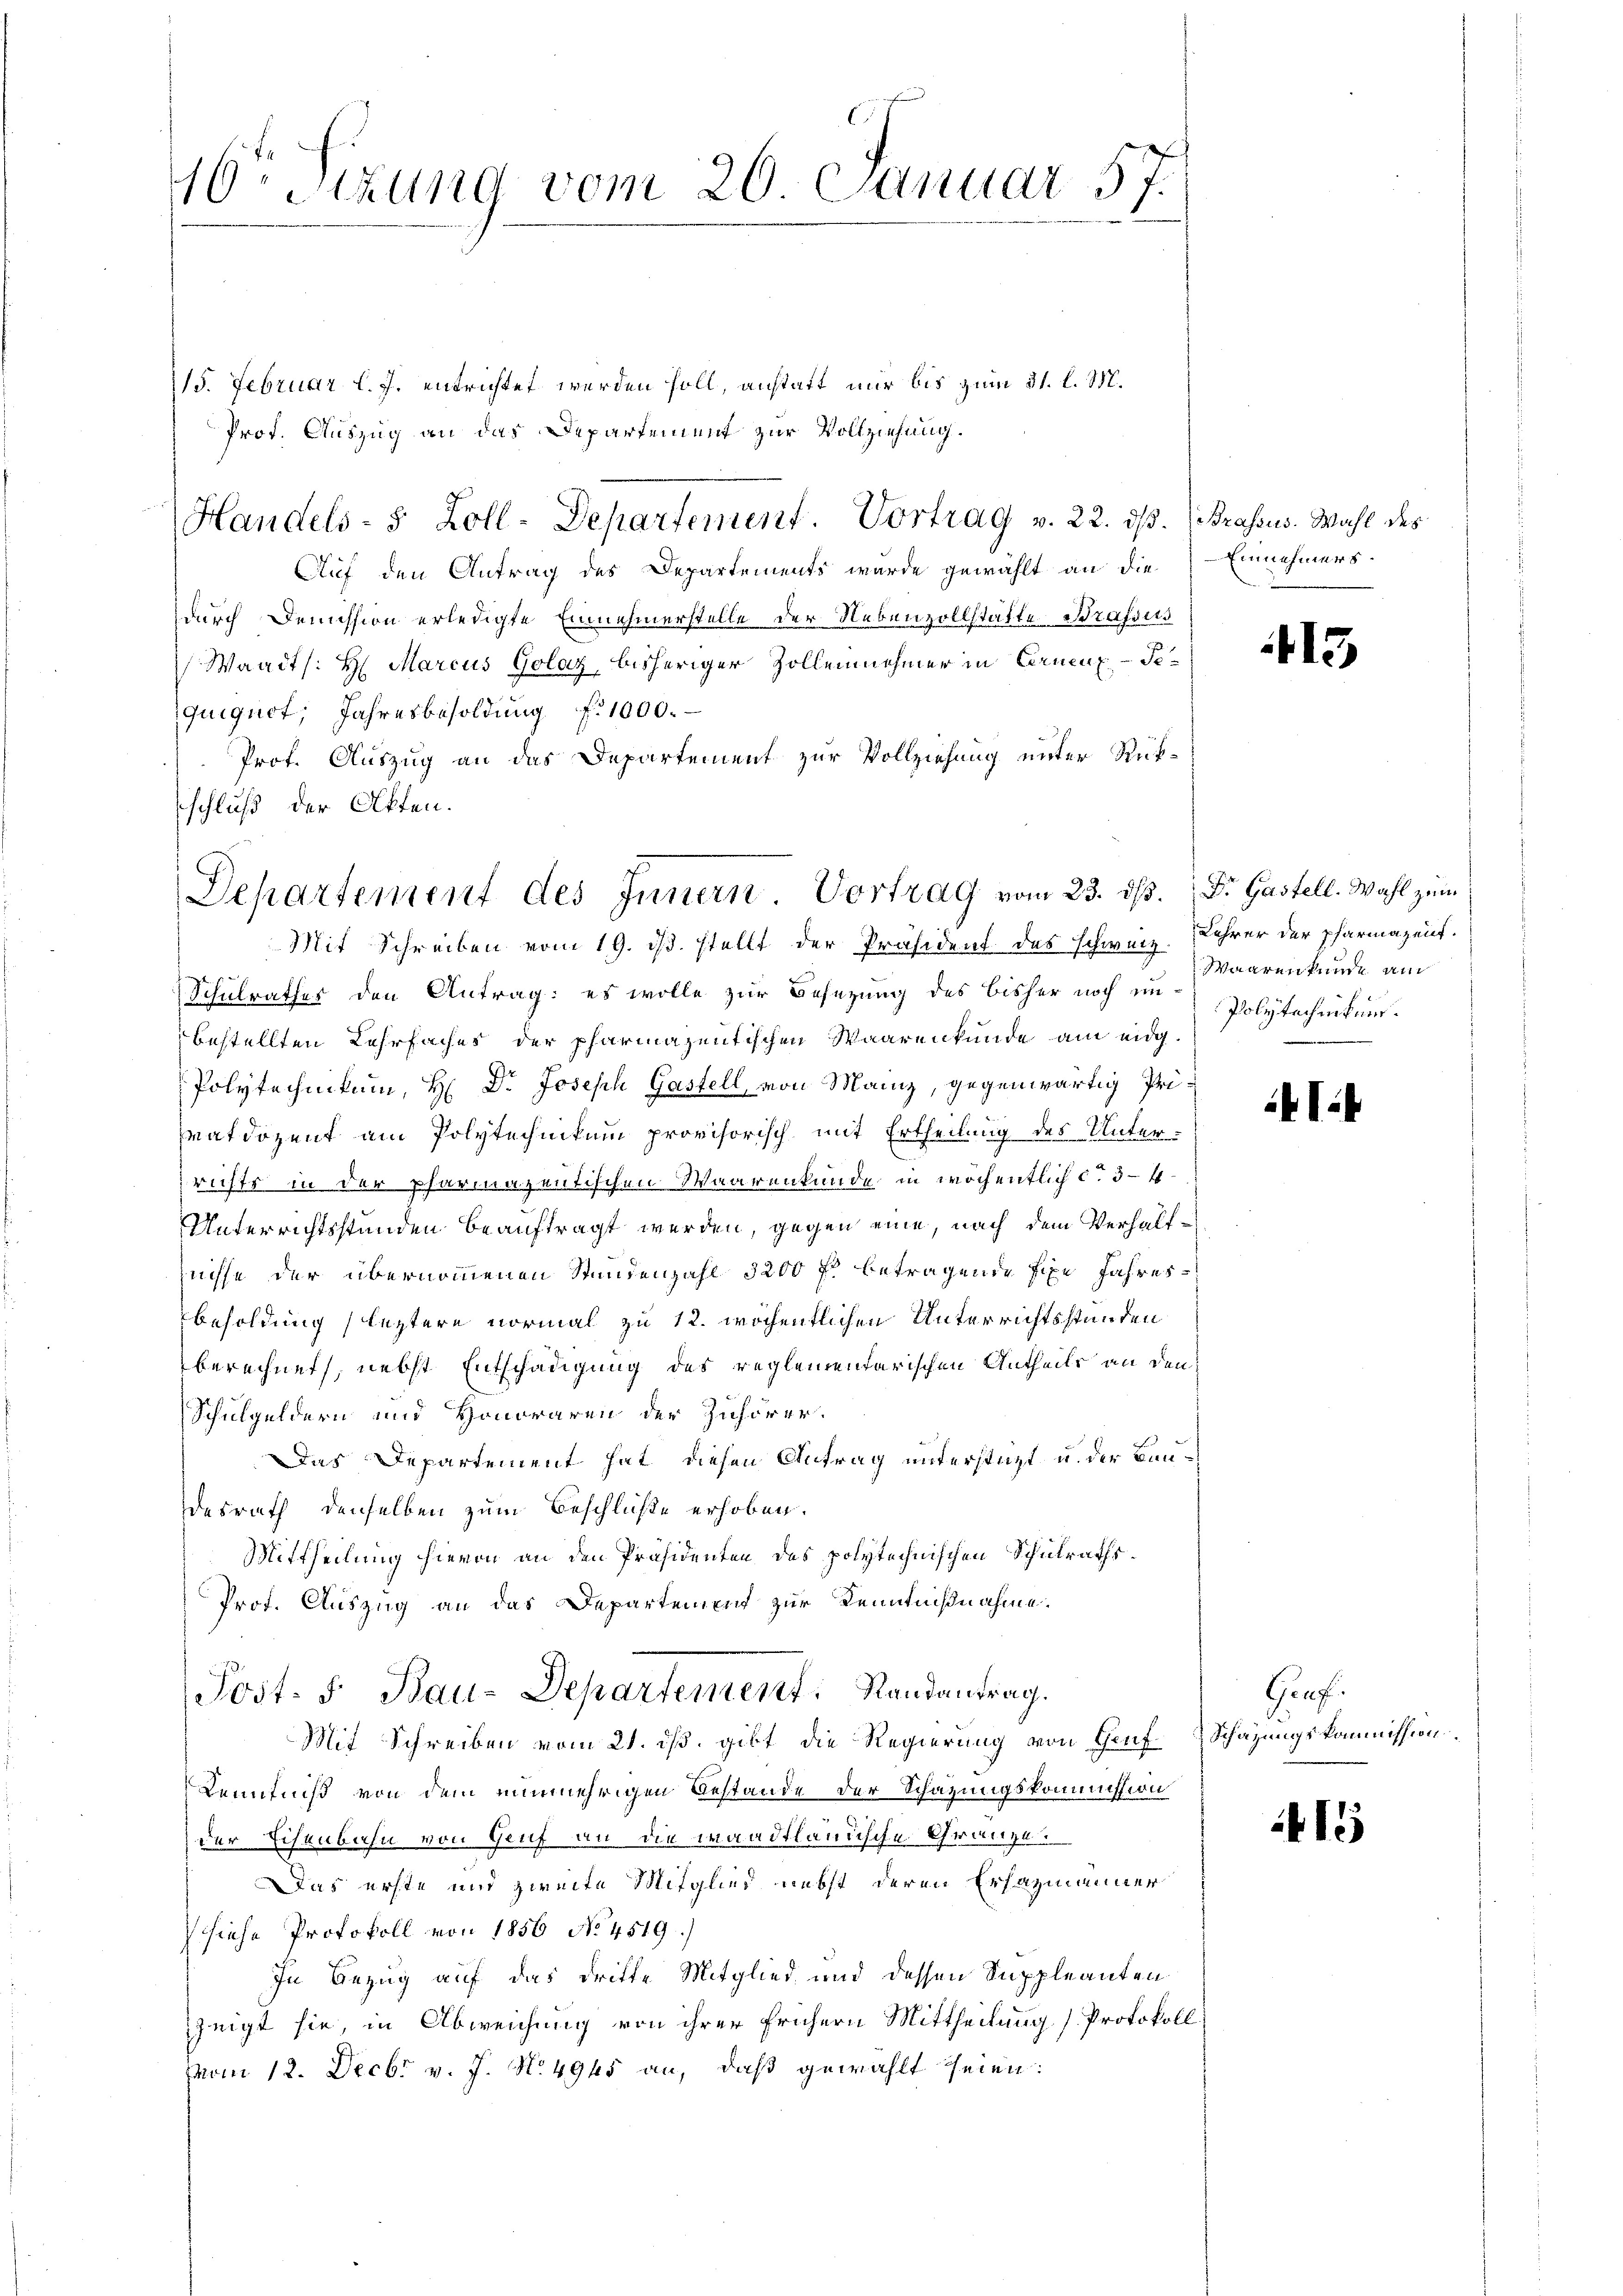
d
10 Stzung vom 20. Januar 17.

115. Februar l. J. entrichtet werden soll, anstatt nur bis zum 31. l. M.
Prof. Auszug an das Departement zur Vollziehung.
Handels- 5 Zoll-Departement. Vortrag v. 22. ds. Brassus. Wahl des
Auf den Antrag des Departements wurde gewählt an die
durch Demission erledigte Einnehmerstelle der Nebenzollstätte Brassus
Waadt /: H: Marcus Golaz, bisheriger Zollennehmer in Ernenz-Sequiguot, Jahresbesoldung f. 1000.
Prof. Auszug an das Departement zur Vollziehung unter Rück-
schluß der Otten.

Departement des Innern Vortrag vom 23. ds. Dr Gastell. Wahl zum
Mit Schreiben vom 19. ds. stellt der Präsident des schweiz.

Schulrathes den Antrag: es wolle zur Besetzung des bisher noch unbestellten Lehrfaches der pharmazentischen Waarenkunde am eidg
Polytechnikum, H: Dr. Joseph Gastell, von Mainz, gegenwärtig Privatdozent am Polytechnikum provisorisch mit Ertheilung des Unter-
richts in der pharmazentischen Waarenkunde in wöchentlich c. 3-4
Unterrichtsstunden beauftragt werden, gegen eine, nach dem Verhältnisse der übernommenen Stundenzahl 3200 fl betragende fixe Jahres
besoldung leztere normal zu 12. wöchentlichen Unterrichtsstunden
berechnet, nebst Entschädigung des reglementarischen Antheils an den
Schulgeldern und Honoraren der Zuhörer.
Das Departement hat diesen Antrag unterstützt u. der Bundesrath denselben zum Beschlüße erhoben.
Mittheilung hievon an den Präsidenten des polytechnischen Schulraths¬
Prof. Auszug an das Departement zur Kenntnißnahme.
Post. F. Bau-Departement. Randantrag.
Mit Schreiben vom 21. ds. gibt die Regierung von Genf Schazungskommission
Kenntniß von dem nunmehrigen Bestände der Schazungskommission
der Eisenbahn von Gruf an die waadtländische Gränze.
Das erste und zweite Mitglied nebst deren Erhazmanner
siehe Protokoll von 1856 No. 4519)
In Bezug auf das dritte Mitglied und dessen Suppleanten
zeigt sie, in Abweichung von ihrer frühern Mittheilung (Protokoll.
vom 12. Decbr v. J. N. 4945 an, daß gewählt seien:

Einnehmers.

13

Lehrer der Pharmazent.
Waarenkunde am
Polytechnikums.

i

Graf

415